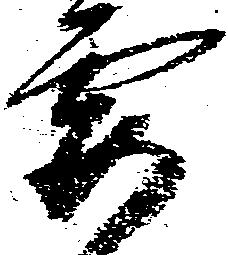
要